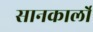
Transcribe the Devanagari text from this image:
सानकार्लो